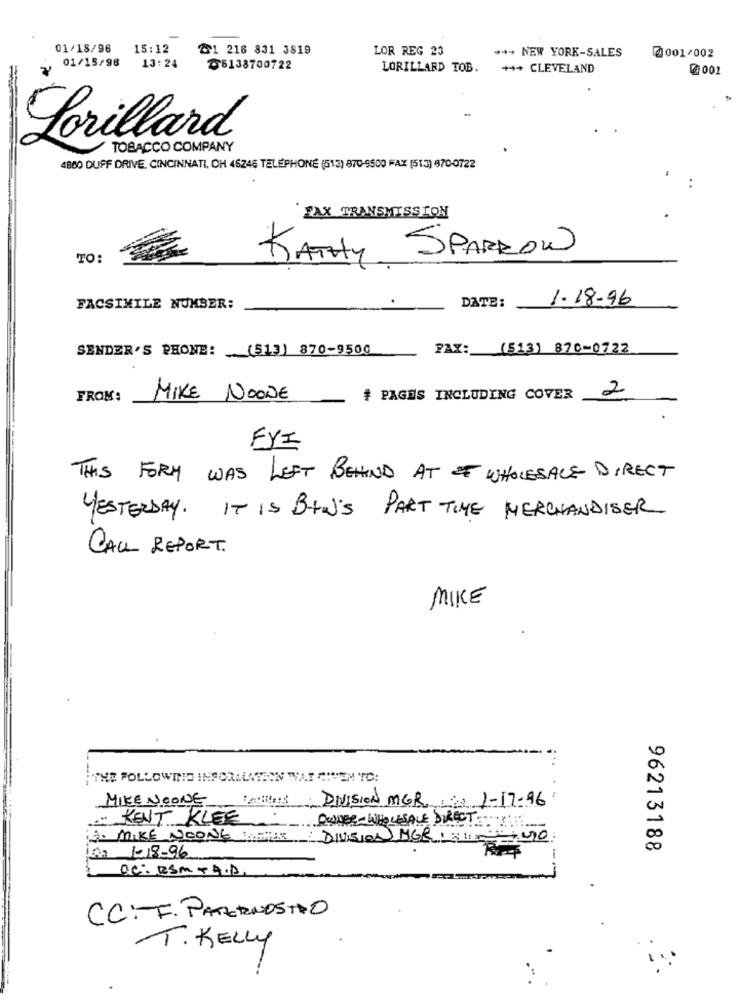
01/18/96
15:12
21 216 831 3819
LOR REG 23
01/15/98
+++ NEW YORK-SALES
@001/002
13:24
05138700722
LORILLARD TOB.
+++ CLEVELAND
0 001
Lorillard
TOBACCO COMPANY
4800 DUFF DRIVE, CINCINNATI, OH 45246 TELEPHONE (513) 870-9500 FAX (513) 870-0722
..
FAX TRANSMISSION
KATHY SPARROW
TO:
DATE:
1.18-96
FACSIMILE NUMBER:
SENDER'S PHONE: (513) 870-9500
FAX: (513) 876-0722
2
FROM:
MIKE
NOONE
# PAGES INCLUDING COVER
FYI
THIS FORM WAS LEFT BEHIND AT OF WHOLESALE DIRECT
YESTERDAY. IT IS BIN'S PART TIME MERCHANDISER
CALL REPORT.
MIKE
THE FOLLOWING INFORMLAGEON WAT CIEM TO:
MIKE NOONE AN
DIVISION MGR. 1-17.96
.. " KENT KLEE
DWABE-WHOLESALE SURRETTI
MIKE NOONE : DIVISION MGR. 1- 90
96213188
M -18-96
DC: ESM + A.D.
CC:F. PATERNOSTRO
T. KELLY